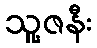
သူ့ဇနီး